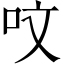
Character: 呅